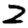
Digit: 2